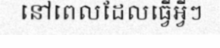
នៅពេលដែលធ្វើអ្វីៗ